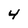
Character: 4